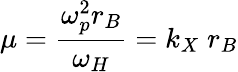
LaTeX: \mu={\frac{\omega_{p}^{2}r_{B}}{\omega_{H}}}=k_{X}\; r_{B}